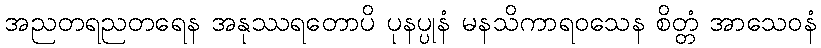
အညတရညတရေန အနုဿရတောပိ ပုနပ္ပုနံ မနသိကာရဝသေန စိတ္တံ အာသေဝနံ